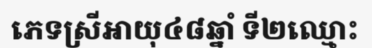
ភេទស្រីអាយុ៤៨ឆ្នាំ ទី២ឈ្មោះ